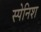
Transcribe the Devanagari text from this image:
स्‍पेनिश्‍ा